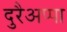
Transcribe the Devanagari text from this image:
दुरैअप्पा